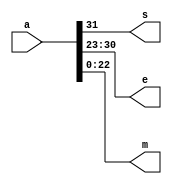

module splitter(a,s,e,m);

input [31:0] a;
output s;
output [7:0] e;
output [22:0] m;

assign s = a[31];
assign e[7:0] = a[30:23];
assign m[22:0] = a[22:0];
endmodule

module BarrelShift(input [23:0]A, input [7:0]shift, output [23:0]B);
    assign B = A>>shift;
endmodule